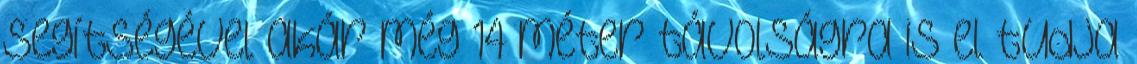
segítségével akár még 14 méter távolságra is el tudja